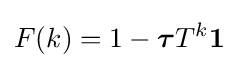
F(k)=1-{\boldsymbol {\tau }}{T}^{k}\mathbf {1}